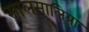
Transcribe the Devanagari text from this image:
सालमालिया